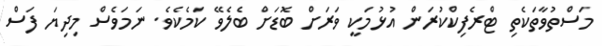
މަސްތުވާތަކެތި ޓްރެފިކްކުރަން އުޅުމަކީ ވަރަށް ބޮޑަށް ބެލެވޭ ކަމެކެވެ. ނަމަވެސް މިދިޔަ ފަސް